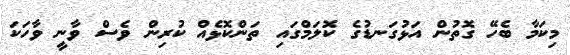
މިކަމާ ބެހޭ ގޮތުން އަޅުގަނޑުގެ ކޮލަމްގައި ތަންކޮޅެއް ކުރިން ވެސް ވާނީ ވާހަކަ